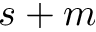
s + m